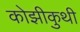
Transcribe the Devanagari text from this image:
कोझीकुथी